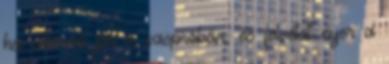
ha sikerrel jár a vaspróbán, és felvételt nyer a